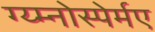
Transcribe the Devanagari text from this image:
ग्य्म्नोस्पेर्मए